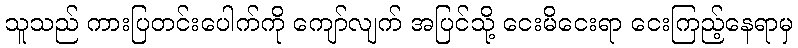
သူသည် ကားပြတင်းပေါက်ကို ကျော်လျက် အပြင်သို့ ငေးမိငေးရာ ငေးကြည့်နေရာမှ